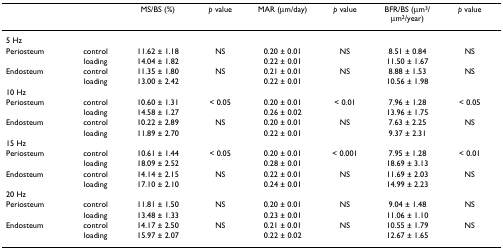
<table><thead><tr><td></td><td></td><td><b>MS/BS (%)</b></td><td><b><i>p </i>value</b></td><td><b>MAR (μm/day)</b></td><td><b><i>p </i>value</b></td><td><b>BFR/BS (μm<sup>3</sup>/μm<sup>2</sup>/year)</b></td><td><b><i>p </i>value</b></td></tr></thead><tbody><tr><td colspan="8">5 Hz</td></tr><tr><td>Periosteum</td><td>control</td><td>11.62 ± 1.18</td><td>NS</td><td>0.20 ± 0.01</td><td>NS</td><td>8.51 ± 0.84</td><td>NS</td></tr><tr><td></td><td>loading</td><td>14.04 ± 1.82</td><td></td><td>0.22 ± 0.01</td><td></td><td>11.50 ± 1.67</td><td></td></tr><tr><td>Endosteum</td><td>control</td><td>11.35 ± 1.80</td><td>NS</td><td>0.21 ± 0.01</td><td>NS</td><td>8.88 ± 1.53</td><td>NS</td></tr><tr><td></td><td>loading</td><td>13.00 ± 2.42</td><td></td><td>0.22 ± 0.01</td><td></td><td>10.56 ± 1.98</td><td></td></tr><tr><td colspan="8">10 Hz</td></tr><tr><td>Periosteum</td><td>control</td><td>10.60 ± 1.31</td><td>&lt; 0.05</td><td>0.20 ± 0.01</td><td>&lt; 0.01</td><td>7.96 ± 1.28</td><td>&lt; 0.05</td></tr><tr><td></td><td>loading</td><td>14.58 ± 1.27</td><td></td><td>0.26 ± 0.02</td><td></td><td>13.96 ± 1.75</td><td></td></tr><tr><td>Endosteum</td><td>control</td><td>10.22 ± 2.89</td><td>NS</td><td>0.20 ± 0.01</td><td>NS</td><td>7.63 ± 2.25</td><td>NS</td></tr><tr><td></td><td>loading</td><td>11.89 ± 2.70</td><td></td><td>0.22 ± 0.01</td><td></td><td>9.37 ± 2.31</td><td></td></tr><tr><td colspan="8">15 Hz</td></tr><tr><td>Periosteum</td><td>control</td><td>10.61 ± 1.44</td><td>&lt; 0.05</td><td>0.20 ± 0.01</td><td>&lt; 0.001</td><td>7.95 ± 1.28</td><td>&lt; 0.01</td></tr><tr><td></td><td>loading</td><td>18.09 ± 2.52</td><td></td><td>0.28 ± 0.01</td><td></td><td>18.69 ± 3.13</td><td></td></tr><tr><td>Endosteum</td><td>control</td><td>14.14 ± 2.15</td><td>NS</td><td>0.22 ± 0.01</td><td>NS</td><td>11.69 ± 2.03</td><td>NS</td></tr><tr><td></td><td>loading</td><td>17.10 ± 2.10</td><td></td><td>0.24 ± 0.01</td><td></td><td>14.99 ± 2.23</td><td></td></tr><tr><td colspan="8">20 Hz</td></tr><tr><td>Periosteum</td><td>control</td><td>11.81 ± 1.50</td><td>NS</td><td>0.20 ± 0.01</td><td>NS</td><td>9.04 ± 1.48</td><td>NS</td></tr><tr><td></td><td>loading</td><td>13.48 ± 1.33</td><td></td><td>0.23 ± 0.01</td><td></td><td>11.06 ± 1.10</td><td></td></tr><tr><td>Endosteum</td><td>control</td><td>14.17 ± 2.50</td><td>NS</td><td>0.21 ± 0.01</td><td>NS</td><td>10.55 ± 1.79</td><td>NS</td></tr><tr><td></td><td>loading</td><td>15.97 ± 2.07</td><td></td><td>0.22 ± 0.02</td><td></td><td>12.67 ± 1.65</td><td></td></tr></tbody></table>